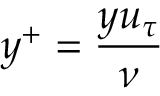
y ^ { + } = \frac { y u _ { \tau } } { \nu }